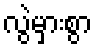
လွဲမှားစွာ